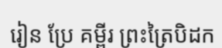
រៀន ប្រែ គម្ពីរ ព្រះត្រៃបិដក